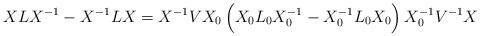
LaTeX: \begin{align*}XLX^{-1}-X^{-1}LX=X^{-1}VX_0\,\Big(X_0L_0X_0^{-1}-X_0^{-1}L_0X_0\Big)\,X_0^{-1}V^{-1}X\end{align*}